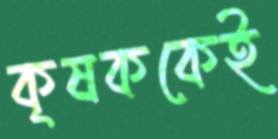
কৃষককেই